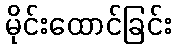
မိုင်းထောင်ခြင်း